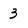
Character: 3